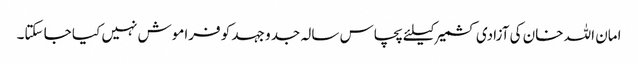
امان اللہ خان کی آزادی کشمیر کیلئے پچاس سالہ جدو جہد کو فراموش نہیں کیا جا سکتا۔